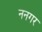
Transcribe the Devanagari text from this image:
ननगर